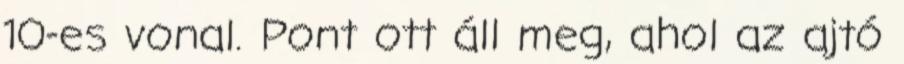
10-es vonal. Pont ott áll meg, ahol az ajtó